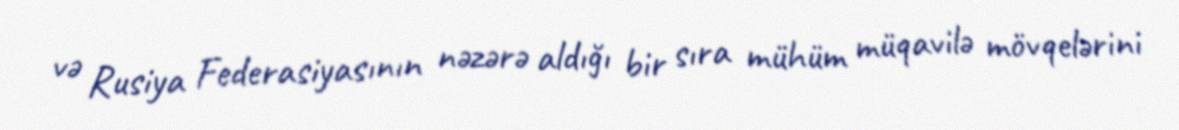
və Rusiya Federasiyasının nəzərə aldığı bir sıra mühüm müqavilə mövqelərini